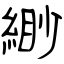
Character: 緲